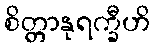
စိတ္တာနုရက္ခီဟိ